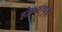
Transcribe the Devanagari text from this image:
होण्या्पूर्वी